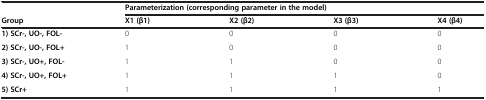
<table><thead><tr><td></td><td colspan="4"><b>Parameterization (corresponding parameter in the model)</b></td></tr><tr><td><b>Group</b></td><td><b>X1 (β1)</b></td><td><b>X2 (β2)</b></td><td><b>X3 (β3)</b></td><td><b>X4 (β4)</b></td></tr></thead><tbody><tr><td><b>1) SCr-, UO-, FOL-</b></td><td>0</td><td>0</td><td>0</td><td>0</td></tr><tr><td><b>2) SCr-, UO-, FOL+</b></td><td>1</td><td>0</td><td>0</td><td>0</td></tr><tr><td><b>3) SCr-, UO+, FOL-</b></td><td>1</td><td>1</td><td>0</td><td>0</td></tr><tr><td><b>4) SCr-, UO+, FOL+</b></td><td>1</td><td>1</td><td>1</td><td>0</td></tr><tr><td><b>5) SCr+</b></td><td>1</td><td>1</td><td>1</td><td>1</td></tr></tbody></table>